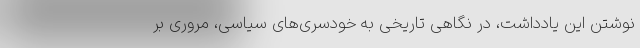
نوشتن این یادداشت، در نگاهی تاریخی به خودسری‌های سیاسی، مروری بر